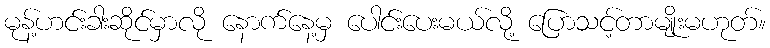
မုန့်ဟင်းခါးဆိုင်မှာလို နောက်နေ့မှ ပေါင်းပေးမယ်လို့ ပြောသင့်တာမျိုးမဟုတ်။